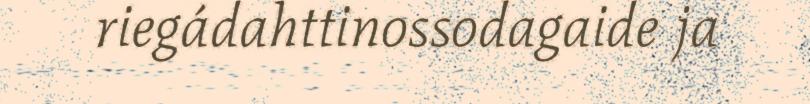
riegádahttinossodagaide ja